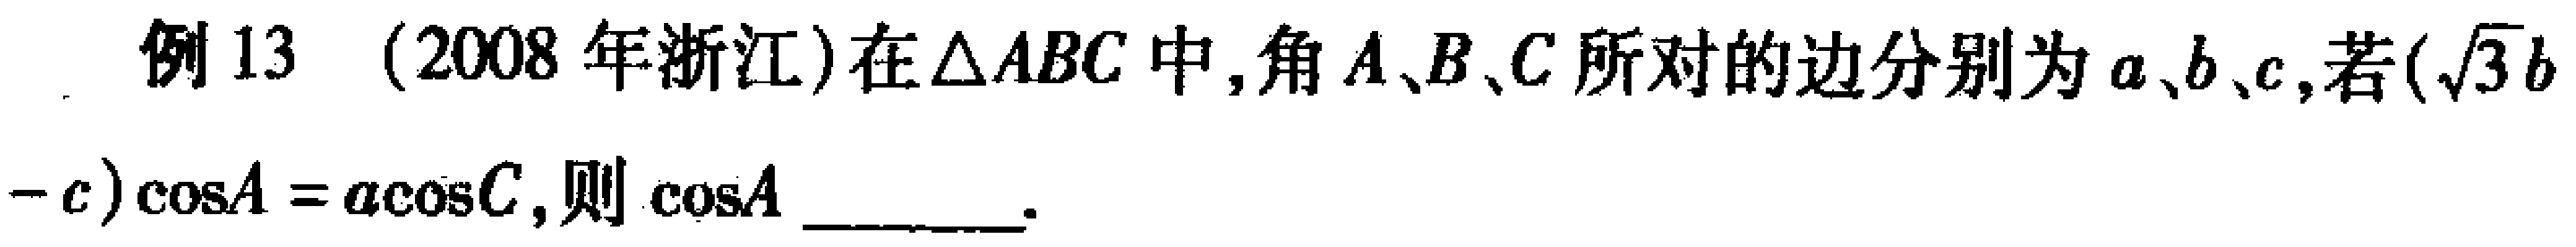
例13 （2008年浙江）在\(\triangle ABC\)中，角\(A、B、C\)所对的边分别为\(a、b、c\)，若\((\sqrt{3}b - c)\cos A = a\cos C\)，则\(\cos A\) ________.